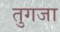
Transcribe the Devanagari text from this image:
तुगजा